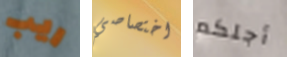
ريب اختصاصي أجلكم